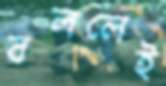
বললেই